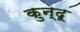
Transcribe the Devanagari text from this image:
कुन्दू